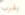
يقرب